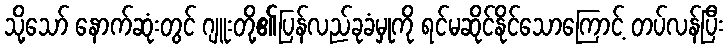
သို့သော် နောက်ဆုံးတွင် ဂျူးတို့၏ပြန်လည်ခုခံမှုကို ရင်မဆိုင်နိုင်သောကြောင့် တပ်လန်ပြီး